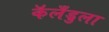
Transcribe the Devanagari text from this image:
कॅलँडुला